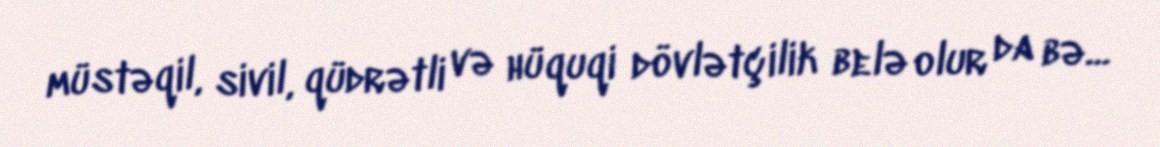
müstəqil, sivil, qüdrətli və hüquqi dövlətçilik belə olur da bə...